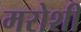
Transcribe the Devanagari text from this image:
मरोशी